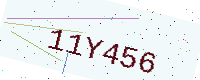
Text: 11Y456